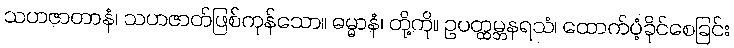
သဟဇာတာနံ၊ သဟဇာတ်ဖြစ်ကုန်သော။ ဓမ္မာနံ၊ တို့ကို။ ဥပတ္ထမ္ဘနရသံ၊ ထောက်ပံ့ခိုင်စေခြင်း